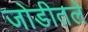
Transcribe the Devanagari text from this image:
जोडीतले